EELK_Kaarma_kogudus, lk 80
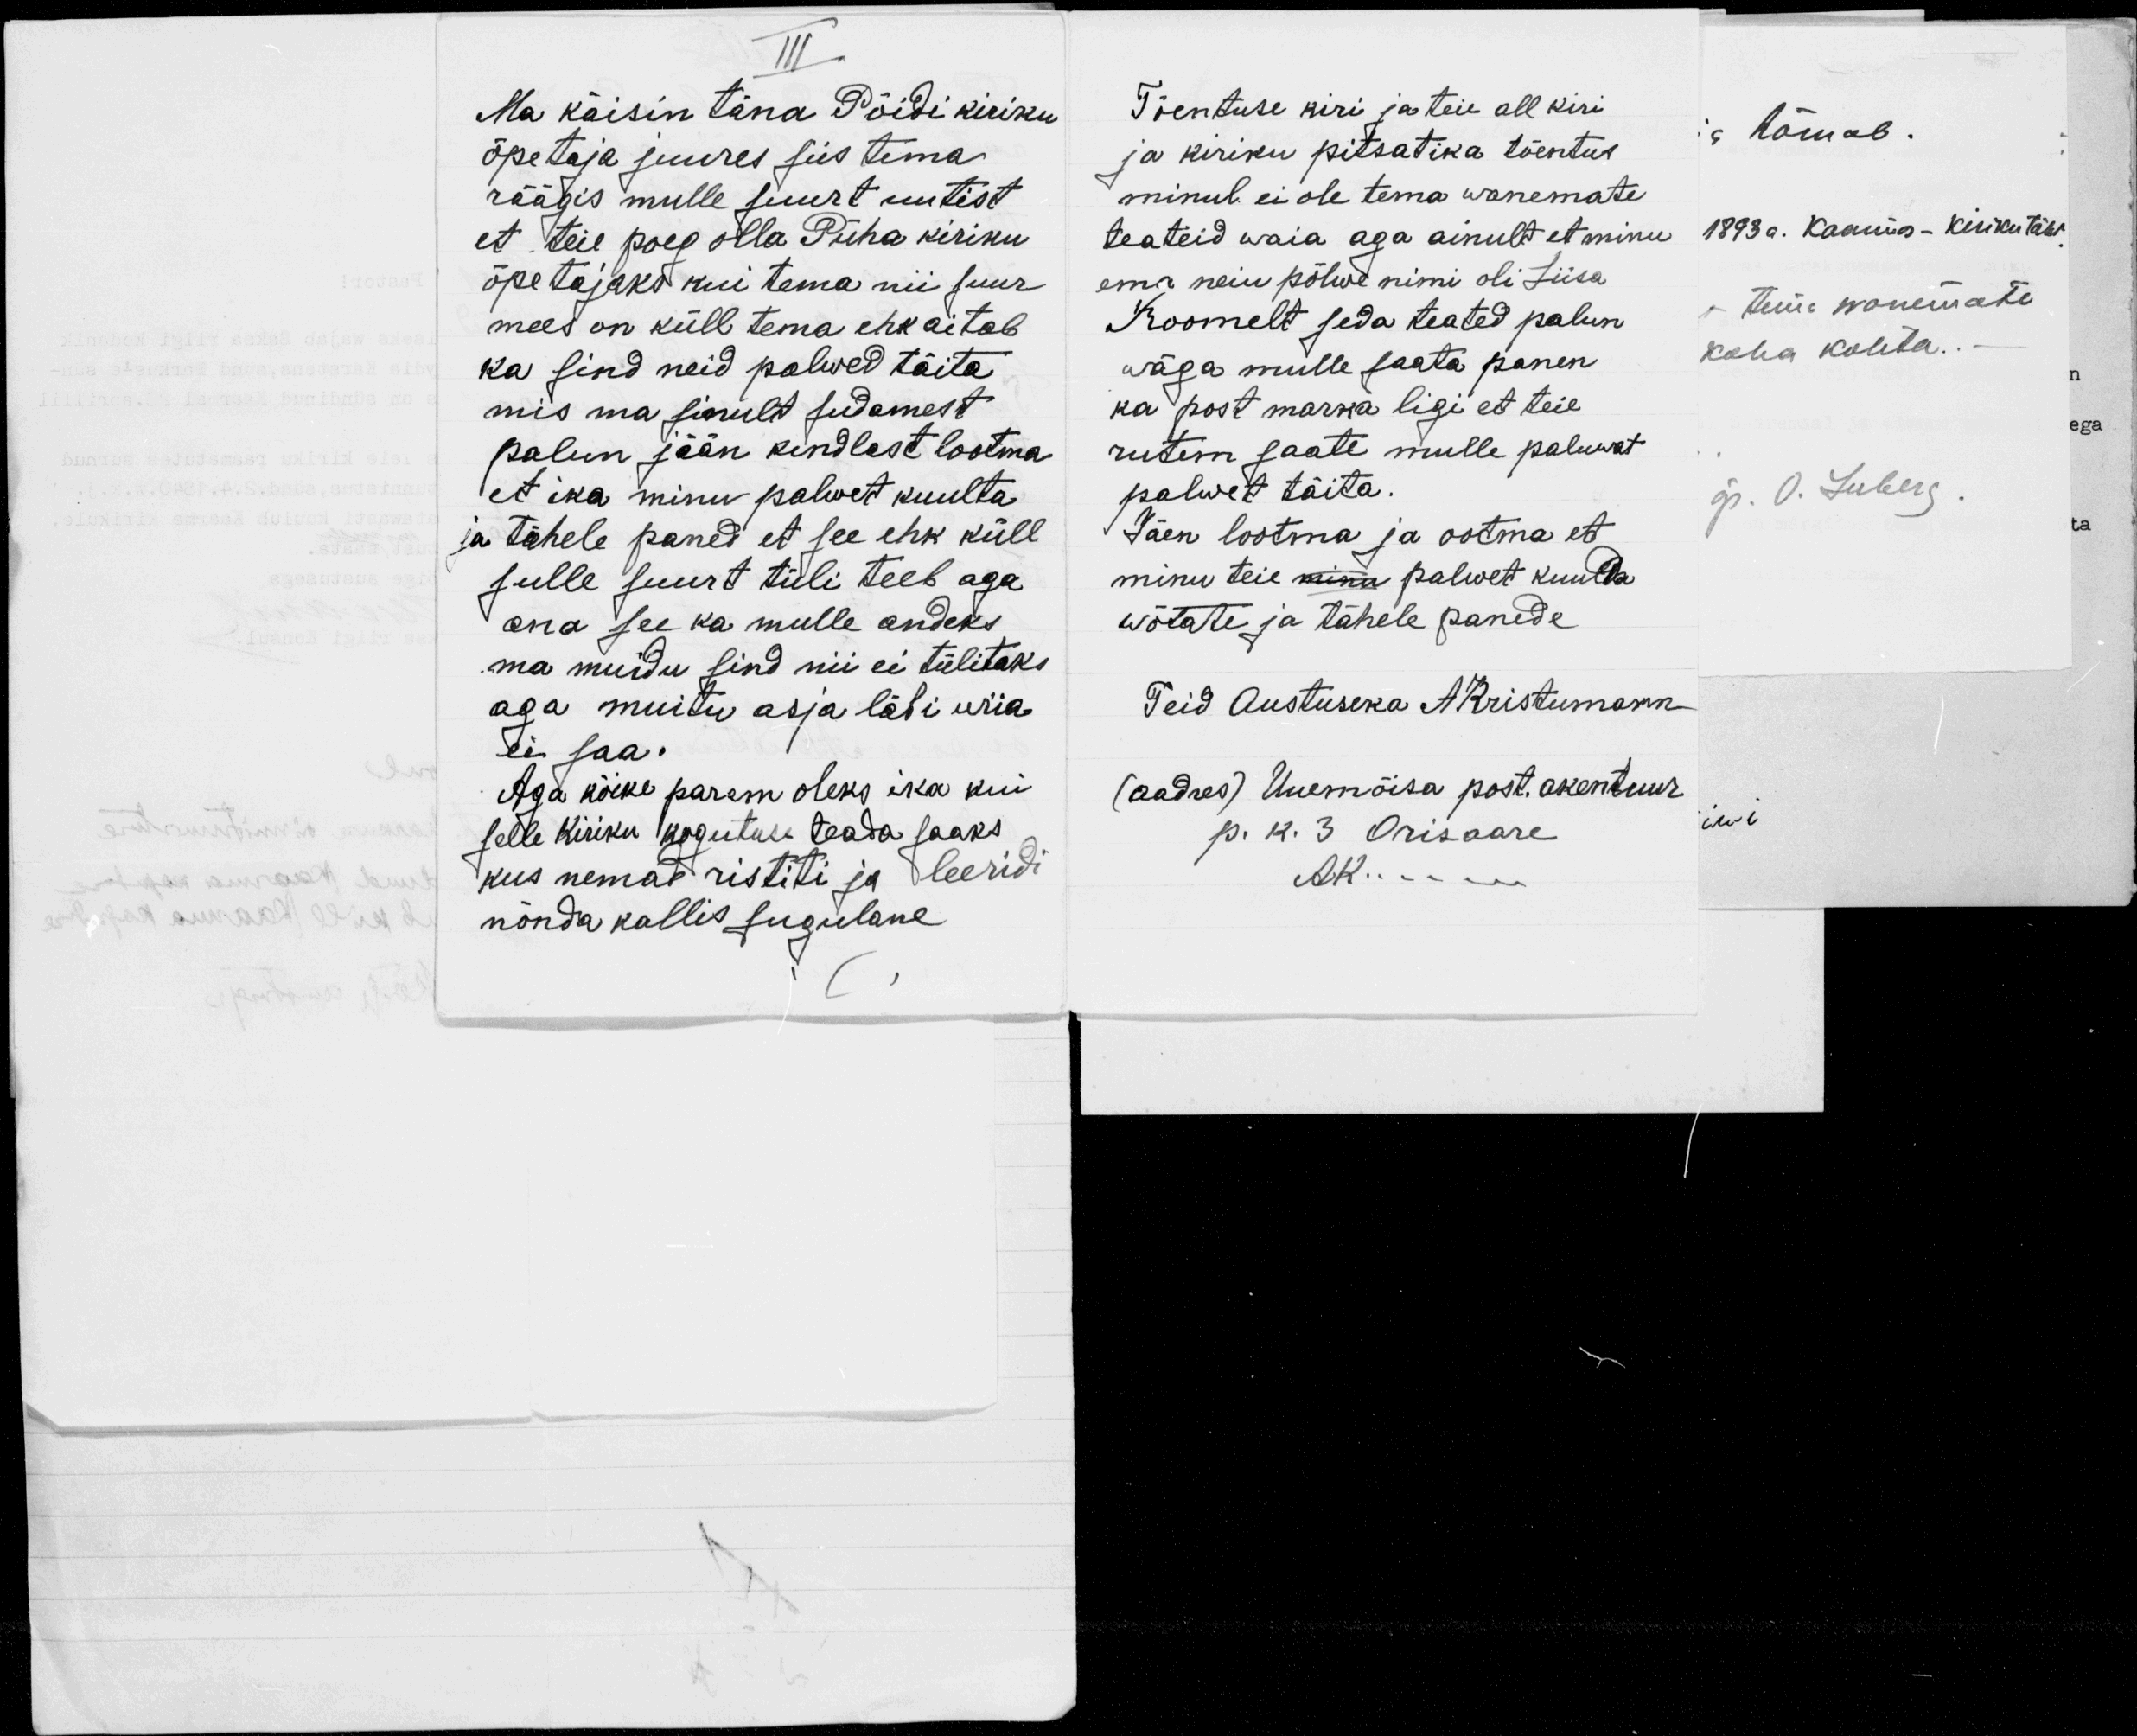
III
Ma käisin täna Pöidi kiriku
õpetaja juures siis tema
räägis mulle suurt uutist
et teie poeg olla Püha kiriku
õpetajaks kui tema nii suur
mees on küll tema ehk aitab
ka sind neid palwed täita.
mis ma sinult südamest
palun jään kindlast lootma
et ika minu palwet kuulta
ja tähele paned et see ehk küll
sulle suurt tüli teeb aga
ana see ka mulle andeks
ma muidu sind nii ei tülitaks
aga muitu asja läbi wiia.
ei saa.
Aga kõike parem oleks ika kui
selle kiriku kogutuse teada saaks
kus nemad ristiti ja leeridi
nõnda kallis sugulane

Tõentuse kiri ja teie all kiri
ja kiriku pitsatika tõentus
minul ei ole tema wanemate
teateid waia aga ainult et minu
ema neiu põlwe nimi oli Liisa
Roomelt seda teated palun
wäga mulle saata panen
ka post marka ligi et teie
rutem saate mulle paluwat
palwet täita.
Jäen lootma ja ootma et
minu teie minu palwet kuulda
wõtate ja tähele panede
Teid Austuseka AKristumann
(aadres) Uuemõisa post. akentuur
p. k. 3 Orisaare.
Ak...